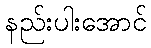
နည်းပါးအောင်